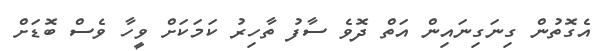
އެގޮތުން ގިނަގިނައިން އަތް ދޮވެ ސާފު ތާހިރު ކަމަކަށް ވީހާ ވެސް ބޮޑަށް